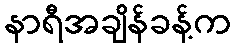
နာရီအချိန်ခန့်က